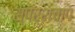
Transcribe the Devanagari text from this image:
स्पर्शचाप